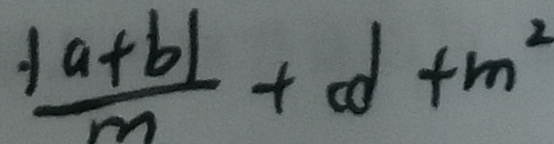
\frac { \cdot \vert a + b \vert } { m } + c d + m ^ { 2 }